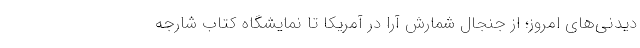
دیدنی‌های امروز؛ از جنجال شمارش آرا در آمریکا تا نمایشگاه کتاب شارجه